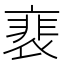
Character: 裵